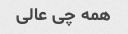
همه چی عالی